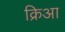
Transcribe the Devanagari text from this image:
क्रिआ